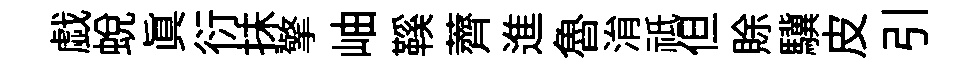
戯蜕眞衍抺擎岫鞵薺進魯㳙祗但賖驥皮引